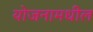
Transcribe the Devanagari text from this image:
योजनामधील